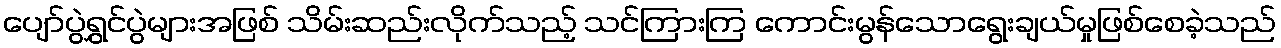
ပျော်ပွဲရွှင်ပွဲများအဖြစ် သိမ်းဆည်းလိုက်သည့် သင်ကြားကြ ကောင်းမွန်သောရွေးချယ်မှုဖြစ်စေခဲ့သည်